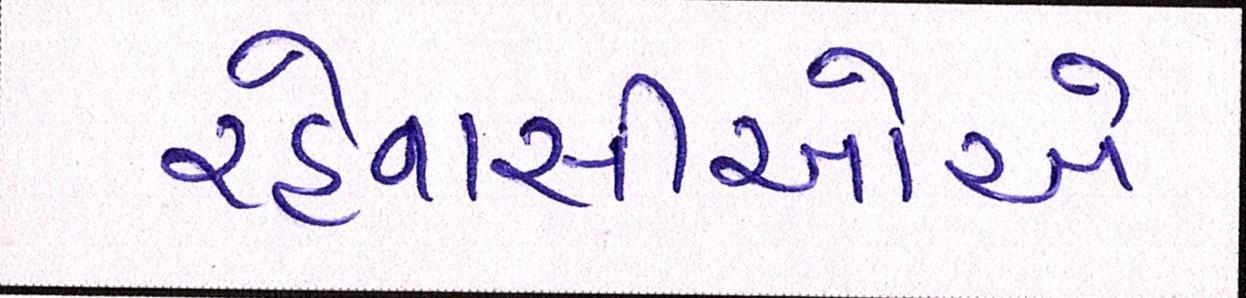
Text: રહેવાસીઓએ